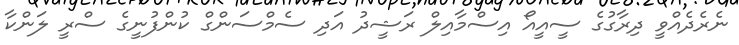
ނެރެދެއްވީ ދިރާގުގެ ސީއީއޯ އިސްމާއިލް ރަޝީދު އަދި ސެމްސަންގް ކުންފުނީގެ ސްރީ ލަންކާ